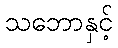
သဘောနှင့်